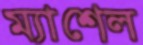
ম্যাশেল